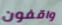
واقفون